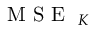
\mathrm { ~ \textit ~ { ~ M ~ S ~ E ~ } ~ } _ { K }